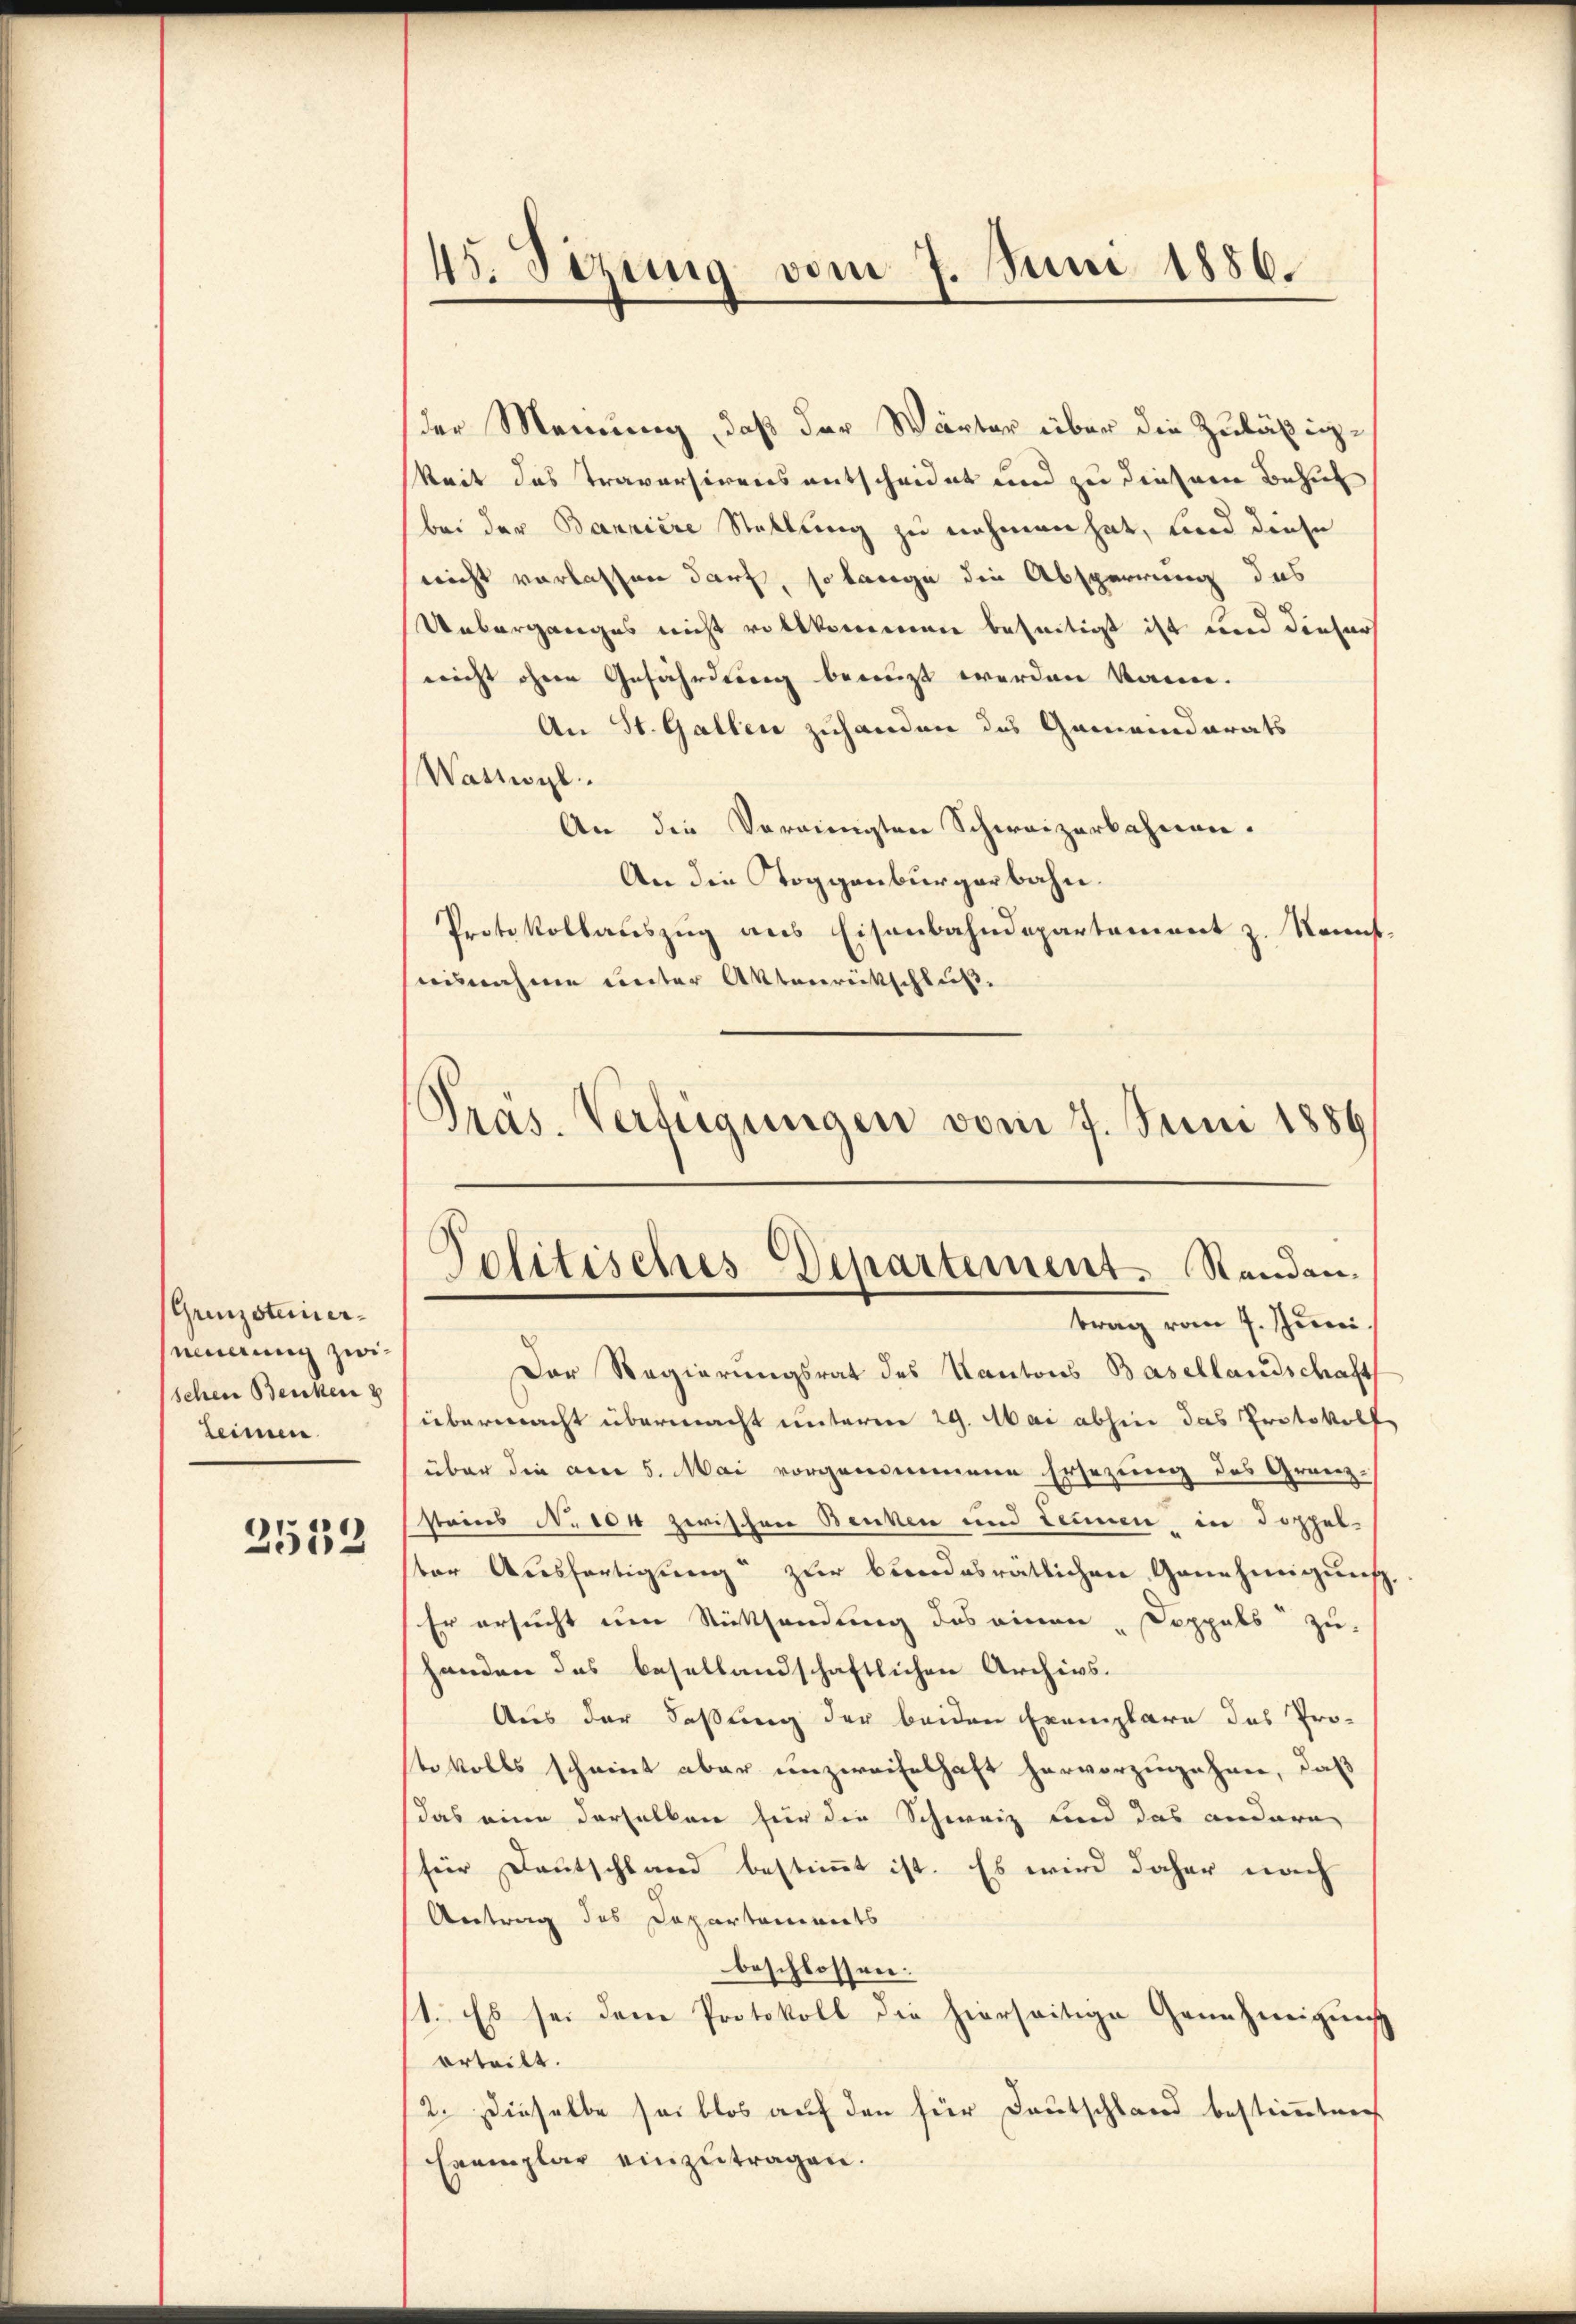
(Grenzsteinereinerung zwischen Benken z
leimen

2533

der Meinung, daß der Wärter über die Zuläßigkeit das Traversirens entscheidet und zu diesem Behuf
bei der Banniere Stellung zu nehmen hat, und diese
nicht verlassen darf, so lange die Absperrung das
Ueberganges nicht vollkommen beseitigt ist und dieser
nicht ohne Gefährdung benuzt werden kann.
An St. Gallen zuhanden des Gemeinderats
Waszwyl
An die Vereinigten Schweizerbahnen.
An die Toggenburgerbahn.
Protokollauszug aus Eisenbahndepartement z. Neunt.
ausnahme unter Aktenreitschluß,
Präs. Verfügungen vom 7. Juni 1889

45. Sezung vom 7. Juni 1886.

Politisches Departement. Standen.
trag vom 7. Juni.

Der Regierungsrat des Kantons Basellandschaft
übermacht übermacht unterm 29. Mai abhin das Protokoll
über die ane 5. Mai vorgenommene Ersezung des Granz-
steins No 104 zwischen Benken und Tennen in doppel-
ter Aŭsfertigŭng zur bundesrätlichen Genehmigŭng.
Er ersucht um Rücksendung des einen „Doppels zu
handen das besellandschaftlichen Archivs.
Aus der Faßung der beiden Exemplare das Pro-
tekolls scheint aber unzweifelhaft hervorzugehen, daß
das eine derselben für die Schweiz und das andere
für Deutschland bestimmt ist. Es wird daher nach
Antrag des Departements
beschlossen:
1. Es sei dem Protokoll die hierseitige Genehmigung
erteilt.
2. Dieselbe sei blos auf den für Deutschland bestimmten
Exemplar einzutragen.